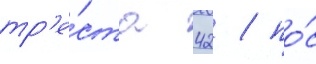
тр'е́ста 42 / по́с